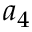
a _ { 4 }